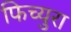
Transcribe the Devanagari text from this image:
फिच्युरा